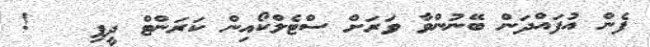
ފެން އުފައްދަން ބޭނުންވާ ވަރަށް ސްޓެލްކޯއިން ކަރަންޓް ދީފި   !